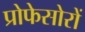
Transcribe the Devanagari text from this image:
प्रोफेसोरों